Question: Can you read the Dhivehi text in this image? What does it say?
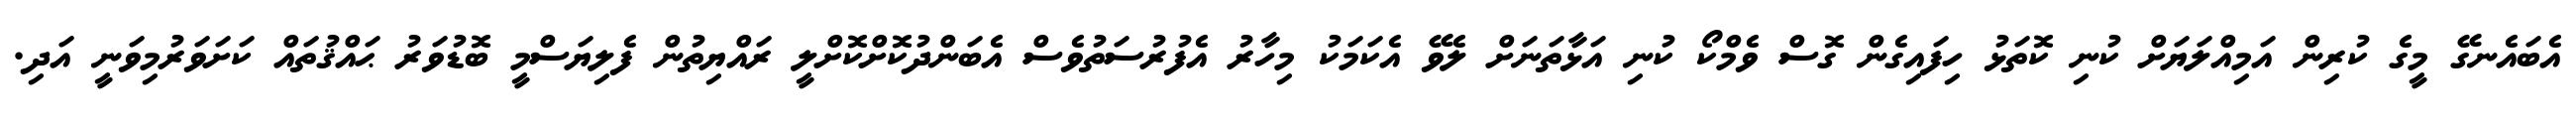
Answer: އެބައެނގޭ މީގެ ކުރިން އަމިއްލަޔަށް ކުނި ކޮތަޅު ހިފައިގެން ގޮސް ވެމްކޯ ކުނި އަޅާތަނަށް ލެވޭ އެކަމަކު މިހާރު އެފުރުސަތުވެސް އެބަންދުކޮށްކޮށްލީ ރައްޔިތުން ފެލިޔަސްމީ ބޮޑުވަރު ޙައްޤުތައް ކަށަވަރުމިވަނީ އަދި.